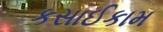
કસાઈકામ